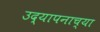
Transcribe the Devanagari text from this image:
उद्यापनाच्या